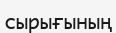
сырығының